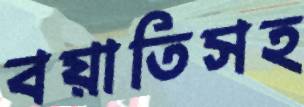
বয়াতিসহ